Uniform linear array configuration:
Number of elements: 32
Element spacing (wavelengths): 0.5
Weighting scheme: uniform
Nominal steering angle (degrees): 60
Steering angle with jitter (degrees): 59.959
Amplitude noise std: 0.05
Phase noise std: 0.05

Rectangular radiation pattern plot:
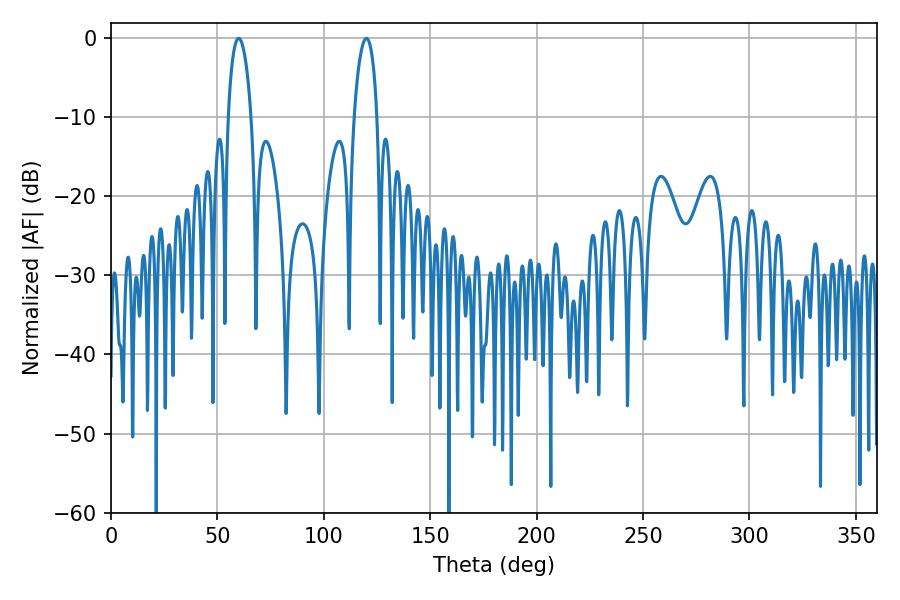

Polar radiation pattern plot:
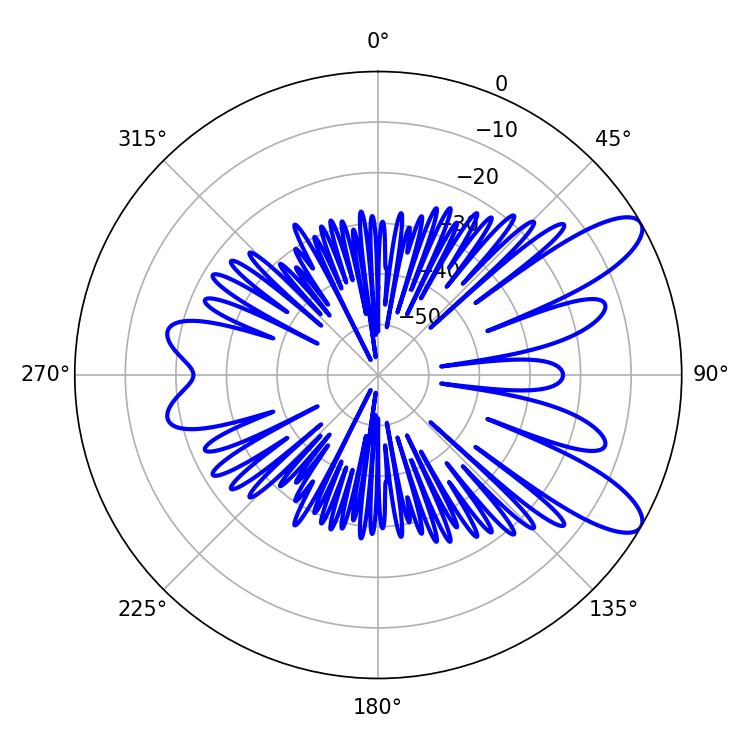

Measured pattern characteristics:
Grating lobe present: FALSE
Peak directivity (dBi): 9.885
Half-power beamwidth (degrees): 6.12
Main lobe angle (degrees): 59.94